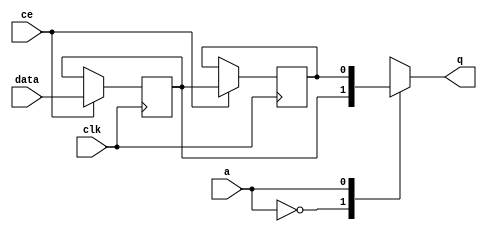
// ==============================================================
// File generated by Vivado(TM) HLS - High-Level Synthesis from C, C++ and SystemC
// Version: 2015.1
// Copyright (C) 2015 Xilinx Inc. All rights reserved.
// 
// ==============================================================


`timescale 1 ns / 1 ps

module FIFO_dhcp_client_portOpen_V_V_shiftReg (
    clk,
    data,
    ce,
    a,
    q);

parameter DATA_WIDTH = 32'd1;
parameter ADDR_WIDTH = 32'd1;
parameter DEPTH = 32'd2;

input clk;
input [DATA_WIDTH-1:0] data;
input ce;
input [ADDR_WIDTH-1:0] a;
output [DATA_WIDTH-1:0] q;

reg[DATA_WIDTH-1:0] SRL_SIG [0:DEPTH-1];
integer i;

always @ (posedge clk)
    begin
        if (ce)
        begin
            for (i=0;i<DEPTH-1;i=i+1)
                SRL_SIG[i+1] <= SRL_SIG[i];
            SRL_SIG[0] <= data;
        end
    end

assign q = SRL_SIG[a];

endmodule

module FIFO_dhcp_client_portOpen_V_V (
    clk,
    reset,
    if_empty_n,
    if_read_ce,
    if_read,
    if_dout,
    if_full_n,
    if_write_ce,
    if_write,
    if_din);

parameter MEM_STYLE = "auto";
parameter DATA_WIDTH = 32'd1;
parameter ADDR_WIDTH = 32'd1;
parameter DEPTH = 32'd2;

input clk;
input reset;
output if_empty_n;
input if_read_ce;
input if_read;
output[DATA_WIDTH - 1:0] if_dout;
output if_full_n;
input if_write_ce;
input if_write;
input[DATA_WIDTH - 1:0] if_din;

wire[ADDR_WIDTH - 1:0] shiftReg_addr ;
wire[DATA_WIDTH - 1:0] shiftReg_data, shiftReg_q;
reg[ADDR_WIDTH:0] mOutPtr = {(ADDR_WIDTH+1){1'b1}};
reg internal_empty_n = 0, internal_full_n = 1;

assign if_empty_n = internal_empty_n;
assign if_full_n = internal_full_n;
assign shiftReg_data = if_din;
assign if_dout = shiftReg_q;

always @ (posedge clk) begin
    if (reset == 1'b1)
    begin
        mOutPtr <= ~{ADDR_WIDTH+1{1'b0}};
        internal_empty_n <= 1'b0;
        internal_full_n <= 1'b1;
    end
    else begin
        if (((if_read & if_read_ce) == 1 & internal_empty_n == 1) && 
            ((if_write & if_write_ce) == 0 | internal_full_n == 0))
        begin
            mOutPtr <= mOutPtr -1;
            if (mOutPtr == 0)
                internal_empty_n <= 1'b0;
            internal_full_n <= 1'b1;
        end 
        else if (((if_read & if_read_ce) == 0 | internal_empty_n == 0) && 
            ((if_write & if_write_ce) == 1 & internal_full_n == 1))
        begin
            mOutPtr <= mOutPtr +1;
            internal_empty_n <= 1'b1;
            if (mOutPtr == DEPTH-2)
                internal_full_n <= 1'b0;
        end 
    end
end

assign shiftReg_addr = mOutPtr[ADDR_WIDTH] == 1'b0 ? mOutPtr[ADDR_WIDTH-1:0]:{ADDR_WIDTH{1'b0}};
assign shiftReg_ce = (if_write & if_write_ce) & internal_full_n;

FIFO_dhcp_client_portOpen_V_V_shiftReg 
#(
    .DATA_WIDTH(DATA_WIDTH),
    .ADDR_WIDTH(ADDR_WIDTH),
    .DEPTH(DEPTH))
U_FIFO_dhcp_client_portOpen_V_V_ram (
    .clk(clk),
    .data(shiftReg_data),
    .ce(shiftReg_ce),
    .a(shiftReg_addr),
    .q(shiftReg_q));

endmodule